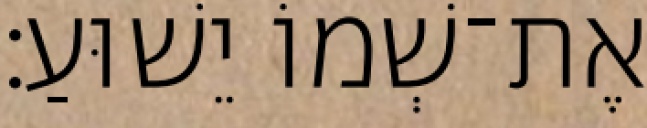
אֶת־שְׁמוֹ יֵשׁוּעַ׃